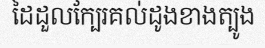
ដៃដួលក្បែរគល់ដូងខាងត្បូង